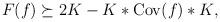
LaTeX: \begin{align*}F(f) \succeq 2K - K\ast{\rm Cov}(f)\ast K ,\end{align*}